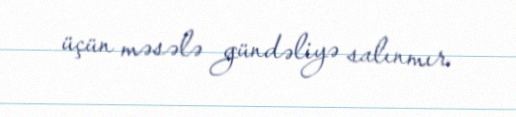
üçün məsələ gündəliyə salınmır.